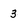
Character: 3